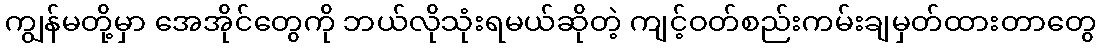
ကျွန်မတို့မှာ အေအိုင်တွေကို ဘယ်လိုသုံးရမယ်ဆိုတဲ့ ကျင့်ဝတ်စည်းကမ်းချမှတ်ထားတာတွေ